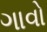
ગાવો